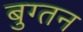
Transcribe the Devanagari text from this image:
बुग्तन